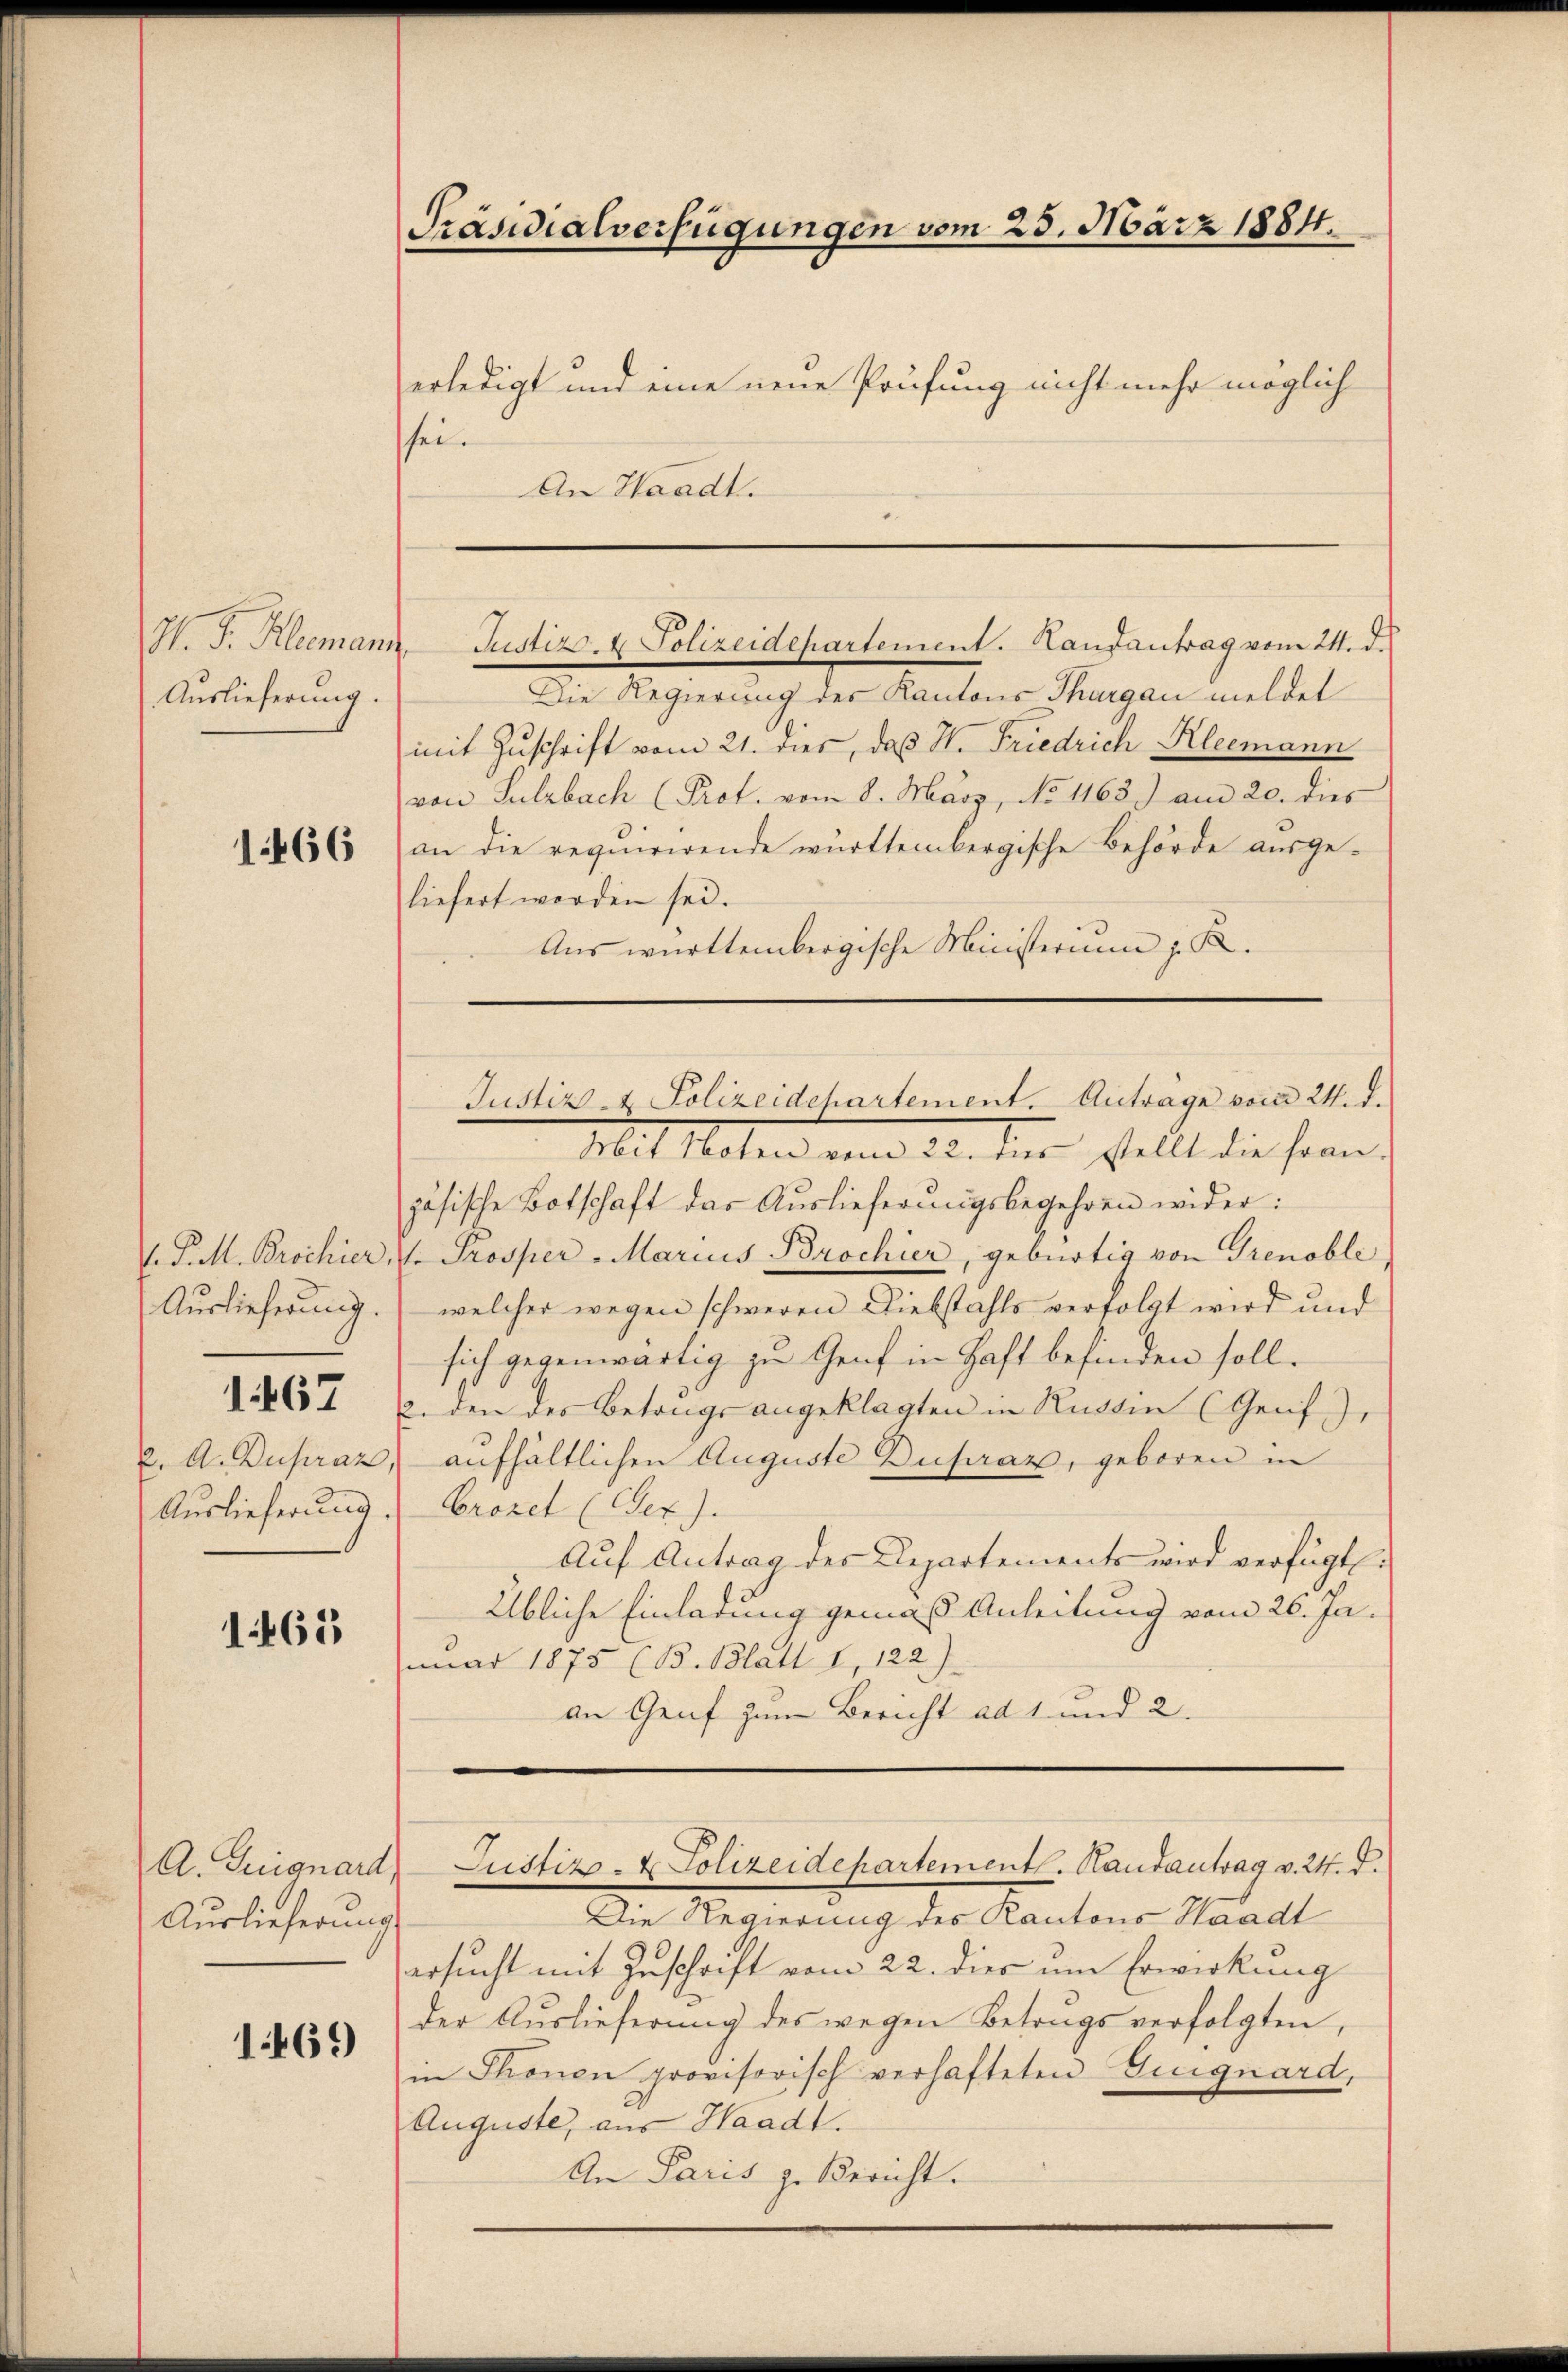
M. D. Klemanz
Auslieferung.

1466

1. 467

2. A. Dupraz
Auslieferung.

1465

Auslieferung

1469

Präsidialverfügungen vom 25. März 1884.
erledigt und eine neue Prüfung nicht mehr möglich
sei.

An Waadt.

Die Regierung des Kantons Thurgau meldet
mit Zŭschrift vom 21. dies, daß H. Friedrich Kleemann
von Sulzbach (Prot. vom 8. März, No 1163) am 20. dies
an die requirirende württembergische Behörde ausgeliefert werden sei.
Aus württembergische Ministerium z. B.

Justiz- & Polizeidepartement. Landantrag vom 24. d.

Justiz- & Polizeidchartement. Anträge vom 24. d.

Mit Noten vom 22. dies stellt die fran-
zösische Botschaft das Auslieferungsbegehren wider:
Tell. Brochier, V. Prosper - Marius Brochier, gebürtig von Grenoble
Aŭslieferŭng. (welcher wegen schweren Diebstahls verfolgt wird und
sich gegenwärtig zu Genf in Haft befinden soll.
2. den des Betrags angeklagten in Rüdten (Genf),
 aufhältlichen Auguste Dupraz, geboren in
Crozet (CGez).
Auf Antrag des Departements wird verfügt
Übliche Einladung gemäß Anleitung vom 26. Ja-
nuar 1875 (B. Blatt 1, 122)
an Genf zum Bericht ad 1. und 2.

Die Regierung des Kantons Waadt
ersucht mit Zuschrift vom 22. dies um Erwirkung
der Aŭslieferŭng des wegen Betrugs verfolgten,
in Thonen provisorisch verhafteten Guignard,
Auguste, aus Waadt.
An Paris z. Bericht.

A. Tuignard Justiz- & Polizeidepartementl. Handantrag v. 24. d.